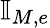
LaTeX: \mathbb{I}_{M,e}